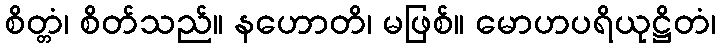
စိတ္တံ၊ စိတ်သည်။ နဟောတိ၊ မဖြစ်။ မောဟပရိယုဋ္ဌိတံ၊